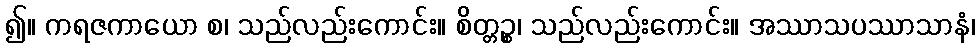
၍။ ကရဇကာယော စ၊ သည်လည်းကောင်း။ စိတ္တဉ္စ၊ သည်လည်းကောင်း။ အဿာသပဿာသာနံ၊